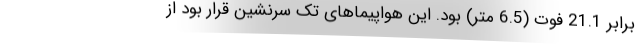
برابر 21.1 فوت (6.5 متر) بود. این هواپیماهای تک سرنشین قرار بود از